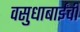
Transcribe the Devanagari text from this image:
वसुधाबाईंची